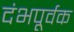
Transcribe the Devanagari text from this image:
दंभपूर्वक